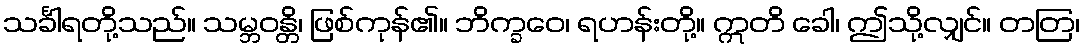
သင်္ခါရတို့သည်။ သမ္ဘဝန္တိ၊ ဖြစ်ကုန်၏။ ဘိက္ခဝေ၊ ရဟန်းတို့။ ဣတိ ခေါ၊ ဤသို့လျှင်။ တတြ၊